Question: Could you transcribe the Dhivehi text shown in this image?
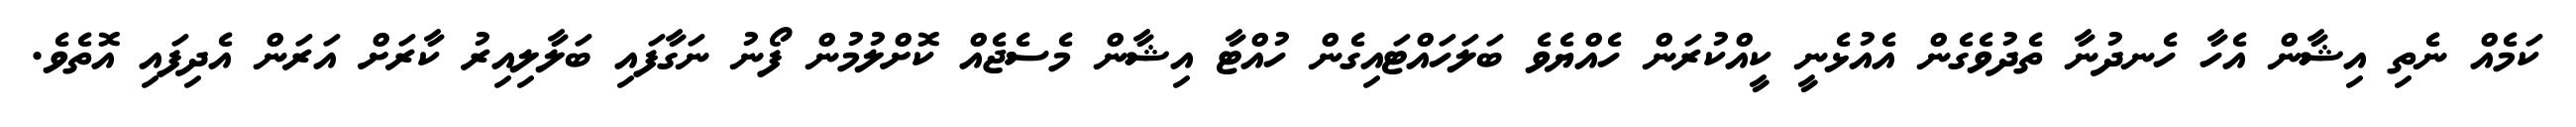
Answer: ކަމެއް ނެތި އިޝާން އެހާ ހެނދުނާ ތެދުވެގެން އެއުޅެނީ ކީއްކުރަން ހެއްޔެވެ ބަލަހައްޓައިގެން ހުއްޓާ އިޝާން މެސެޖެއް ކޮށްލުމުން ފޯނު ނަގާފައި ބަލާލިއިރު ކާރަށް އަރަން އެދިފައި އޮތެވެ.